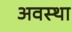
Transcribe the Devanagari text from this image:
अवस्‍था